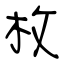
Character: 枚